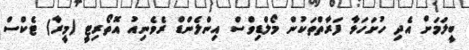
ބީލަމަށް އެދި ހުށަހަޅާ ފަރާތްތަކުން މޯލްޑިވްސް އިންލެންޑް ރެވެނިއު އޮތޯރިޓީ (މީރާ) ޓެކްސް